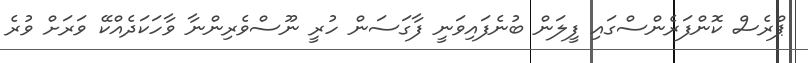
ޕްރެސް ކޮންފަރެންސްގައި ފީލަން ބުނެފައިވަނީ ފާގަސަން ހުރީ ނޫސްވެރިންނާ ވާހަކަދެއްކޭ ވަރަށް ވުރެ